Report of the Indian Hemp Drugs Commission, 1894-1895 - Volume VII
Year: 1894
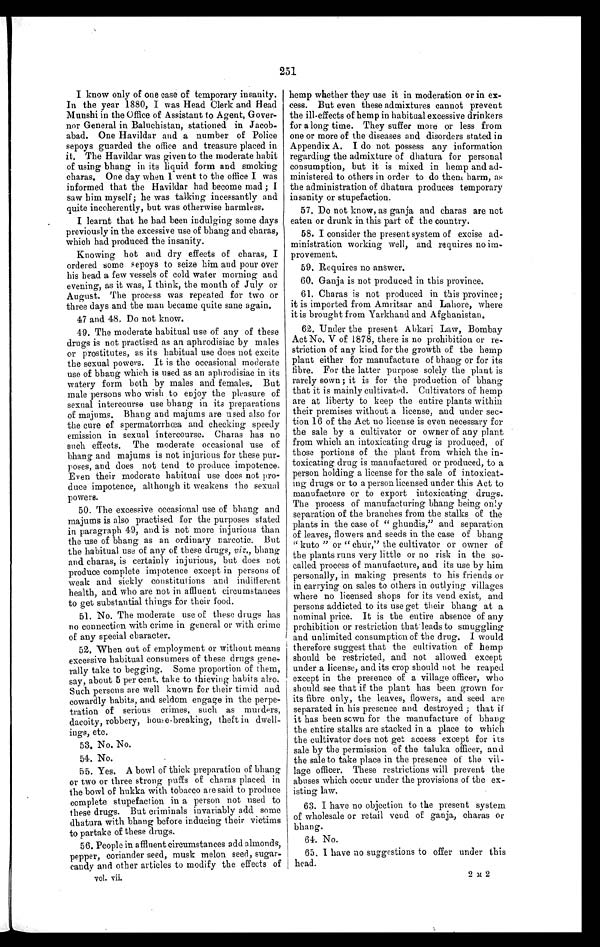
251
I know only of one case of temporary insanity.
In the year 1880, I was Head Clerk and Head
Munshi in the Office of Assistant to Agent, Gover-
nor General in Baluchistan, stationed in Jacob-
abad. One Havildar and a number of Police
sepoys guarded the office and treasure placed in
it. The Havildar was given to the moderate habit
of using bhang in its liquid form and smoking
chards. One day when I went to the office I was
informed that the Havildar had become mad ; I
saw him myself; he was talking incessantly and
quite incoherently, but was otherwise harmless.
I learnt that he had been indulging some days
previously in the excessive use of bhaug and charas,
which had produced the insanity.
Knowing hot and dry effects of charas, I
ordered some sepoys to seize him and pour over
his head a few vessels of cold water morning and
evening, as it was, I think, the month of July or
August. The process was repeated for two or
three days and the man became quite sane again.
47 and 48. Do not know.
49. The moderate habitual use of any of these
drugs is not practised as an aphrodisiac by males
or prostitutes, as its habitual use does not excite
the sexual powers. It is the occasional moderate
use of bhang which is used as an aphrodisiac in its
watery form both by males and females. But
male persons who wish to enjoy the pleasure of
sexual intercourse use bhang in its preparations
of majums. Bhang and majums are used also for
the cure of spermatorrhœa, and checking speedy
emission in sexual intercourse. Charas has no
such effects. The moderate occasional use of
bhang and majums is not injurious for these pur-
poses, and does not tend to produce impotence.
Even their moderate habitual use does not pro-
duce impotence, although it weakens the sexual
powers.
50. The excessive occasional use of bhang and
majums is also practised for the purposes stated
in paragraph 49, and is not more injurious than
the use of bhang as an ordinary narcotic. But
the habitual use of any of these drugs, viz., bhang
and charas, is certainly injurious, but drugs , d o e s n o t
produce complete impotence except in persons of
weak and sickly constitutions and indifferent
health, and who are not in affluent circumstances
to get substantial things for their food.
51. No. The moderate use of these drugs has
no connection with crime in general or with crime
of any special character.
52. When out of employment or without means
excessive habitual consumers of these drugs gene-
rally take to begging. Some proportion of them,
say, about 5 per cent, take to thieving habits also.
Such persons are well known for their timid and
cowardly habits, and seldom engage in the perpe-
tration of serious crimes, such as murders,
dacoity, robbery, housebreaking, theft in dwell-
ings, etc.
53. No. No.
54. No.
55. Yes. A bowl of thick preparation of bhang
or two or three strong puffs of charas placed in
the bowl of hukka with tobacco are said to produce
complete stupefaction in a person not used to
these drugs. But criminals invariably add some
dhatura with bhang before inducing their victims
to partake of these drugs.
56. People in affluent circumstances add almonds,
pepper, coriander seed, musk melon seed, sugar-
candy and other articles to modify the effects of
vol. vii.
hemp whether they use it in moderation or in
excess. But even these admixtures cannot prevent
the ill-effects of hemp in habitual excessive drinkers
for a long time. They suffer more or less from
one or more of the diseases and disorders stated in
Appendix A. I do not possess any information
regarding the admixture of dhatura for personal
consumption, but it is mixed in hemp and ad-
ministered to others in order to do them harm, as
the administration of dhatura produces temporary
insanity or stupefaction.
57. Do not know, as ganja and charas are not
eaten or drunk in this part of the country.
58. I consider the present system of excise ad-
ministration working well, and requires no im-
provement.
59. Requires no answer.
60.
Ganja is not produced in this province.
61. Charas is not produced in this province ;
it is imported from Amritsar and Lahore, where
it is brought from Yarkhand and Afghanistan.
62. Under the present Abkari Law, Bombay
Act No. V of 1878, there is no prohibition or re-
striction of any kind for the growth of the hemp
plant either for manufacture of bhang or for its
fibre. For the latter purpose solely the plant is
rarely sown ; it is for the production of bhang
that it is mainly cultivated. Cultivators of hemp
are at liberty to keep the entire plants within
their premises without a license, and under sec-
tion 16 of the Act no license is even necessary for
the sale by a cultivator or owner of any plant
from which an intoxicating drug is produced, of
those portions of the plant from which the in-
toxicating drug is manufactured or produced, to a
person holding a license for the sale of intoxicat-
ing drugs or to a person licensed under this Act to
manufacture or to export intoxicating drugs.
The process of manufacturing bhang being only
separation of the branches from the stalks of the
plants in the case of " ghundis," and separation
of leaves, flowers and seeds in the case of bhang
" kuto " or " churl," the cultivator or owner of
the plants runs very little or no risk in the so-
called process of manufacture, and its use by him
personally, in making presents to his friends or
in carrying on sales to others in outlying villages
where no licensed shops for its vend exist, and
persons addicted to its use get their bhang at a
nominal price. It is the entire absence of any
prohibition or restriction chat leads to smuggling
and unlimited consumption of the drug. I would
therefore suggest that the cultivation of hemp
should be restricted, and not allowed except
under a license, and its crop should not he reaped
except in the presence of a village officer, who
should see that if the plant has been grown for
its fibre only, the leaves, flowers, and seed are
separated in his presence and destroyed ; that if
it has been sown for the manufacture of Chang
the entire stalks are stacked in a place to which
the cultivator does not get access except for its
sale by the permission of the taluka officer, and
the sale to take place in the presence of the vil-
lage officer. These restrictions will prevent the
abuses which occur under the provisions of the ex-
isting law.
63. I have no objection to the present system
of wholesale or retail vend of ganja, charas or
bhang.
64. No.
65. I have no suggestions to offer under this
head.
2 M 2